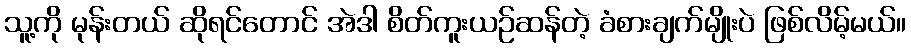
သူ့ကို မုန်းတယ် ဆိုရင်တောင် အဲဒါ စိတ်ကူးယဉ်ဆန်တဲ့ ခံစားချက်မျိုးပဲ ဖြစ်လိမ့်မယ်။